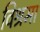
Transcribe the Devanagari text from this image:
विश्रमा